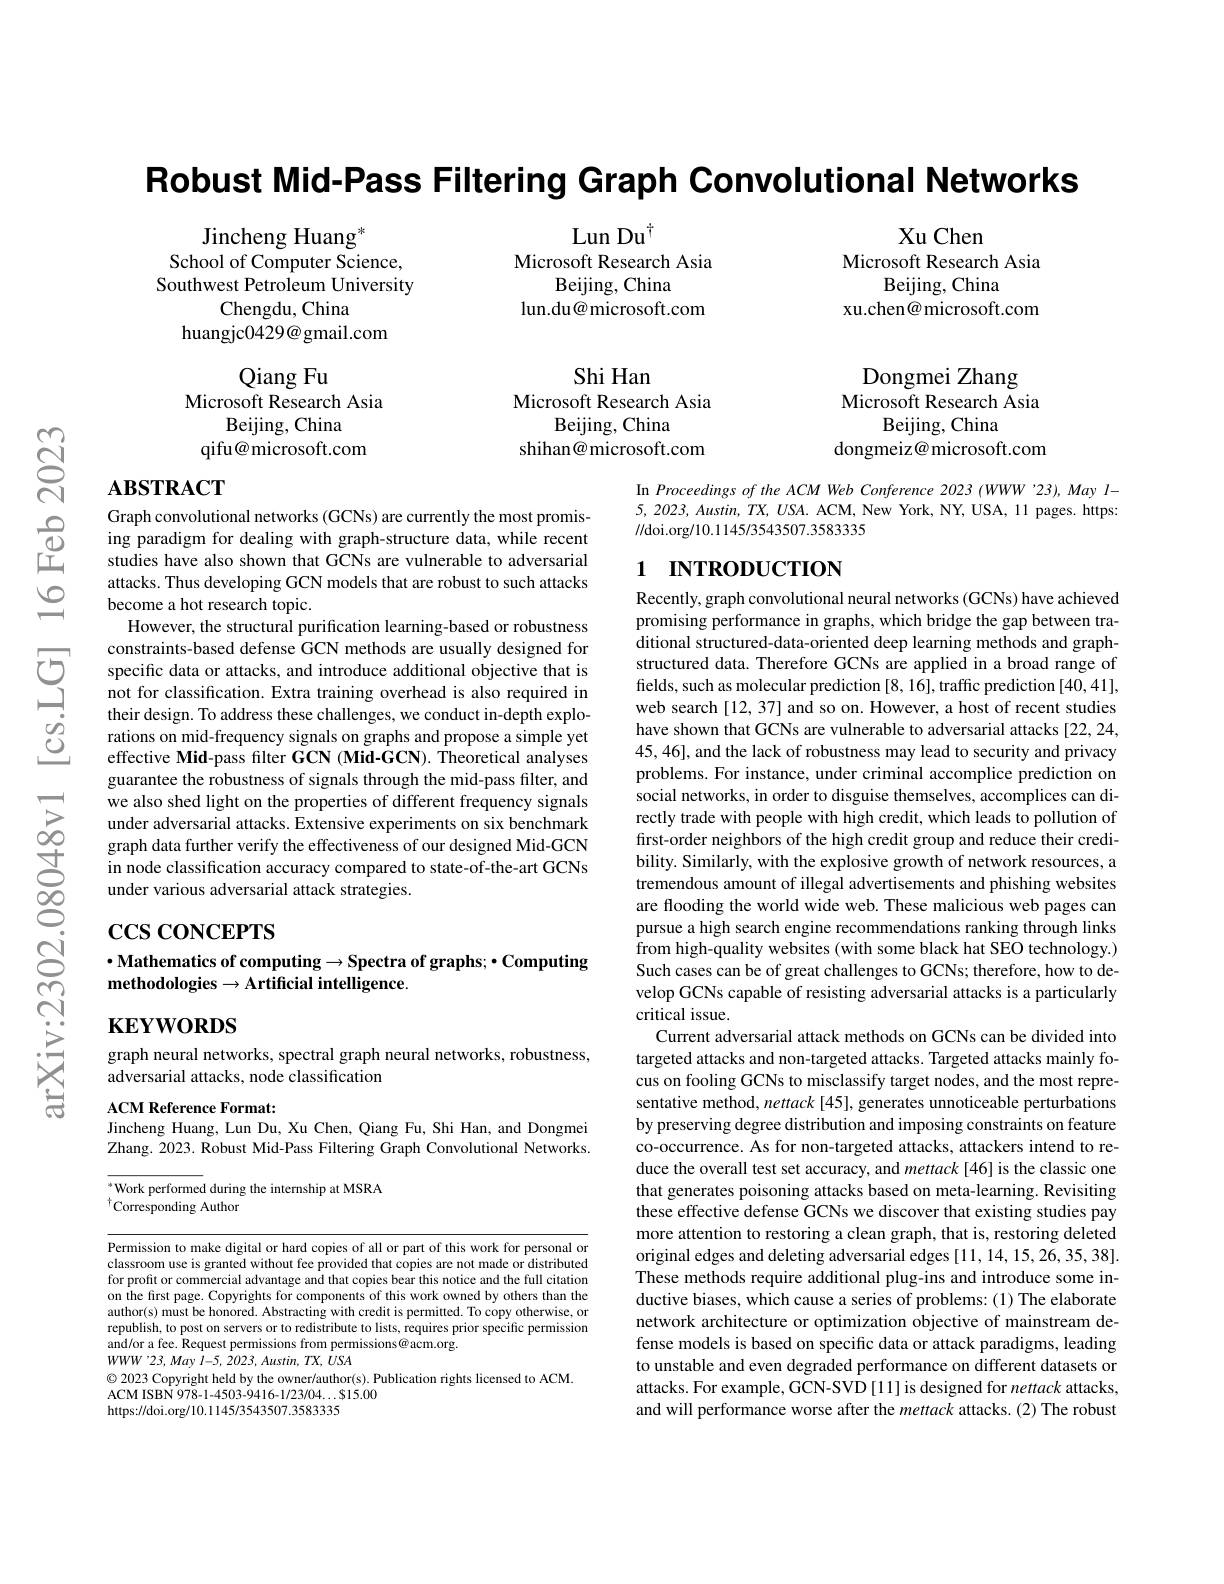
Robust Mid-Pass Filtering Graph Convolutional Networks

Lun Dut
Microsoft Research Asia
Beijing, China
lun.du@ microsoft.com

Xu Chen
Microsoft Research Asia
Beijing, China
xu.chen@ microsoft.com

Jincheng Huang$^*$
School of Computer Science, Southwest Petroleum University
Chengdu, China
huangjc0429@gmail.com

Qiang Fu
Microsoft Research Asia
Beijing, China
qifu@ microsoft.com

Dongmei Zhang
Microsoft Research Asia
Beijing, China
dongmeiz@ microsoft.com

Shi Han
Microsoft Research Asia
Beijing, China
shihan@ microsoft.com

# $\mathbf{ABSTRACT}$

In Proceedings of the ACM Web Conference 2023 (WWW '23), May l- $5,2023,Austin,TX,USA.ACM,NewYork,NY,USA,11$ pages. https: //doi.org/10.1145/3543507.3583335

## 1 INTRODUCTION

Graph convolutional networks (GCNs) are currently the most promising paradigm for dealing with graph-structure data, while recent studies have also shown that GCNs are vulnerable to adversarial attacks. Thus developing GCN models that are robust to such attacks become a hot research topic.
However, the structural purification learning-based or robustness constraints-based defense GCN methods are usually designed for
constrants- based detense GCN methods are usually desı gned for Specific data or attacks, and introduce additional objective that is not for classification. Extra training overhead is also required in
their design. To address these challenges, we conduct in-depth explorations on mid-frequency signals on graphs and propose a simple yet effective Mid-pass filter GCN (Mid-GCN). Theoretical analyses guarantee the robustness of signals through the mid-pass filter, and we also shed light on the properties of different frequency signals under adversarial attacks. Extensive experiments on six benchmark graph data further verify the effectiveness of our designed Mid-GCN in node classification accuracy compared to state-of-the-art GCNs under various adversarial attack strategies.

$\operatorname{ccs}$coNCEPTS

# $\bullet$Mathematics of computing$\to$Spectra of graphs;$\bullet$Computing ${\mathrm{methodologies}}\to{\mathbf{Artificial}}$ intelligence.

Recently, graph convolutional neural networks (GCNs) have achieved promising performance in graphs, which bridge the gap between traditional structured-data-oriented deep learning methods and graphstructured data. Therefore GCNs are applied in a broad range of fields, such as molecular prediction [8, 16], traffic prediction [40,41], web search [12, 37] and so on. However, a host of recent studies have shown that GCNs are vulnerable to adversarial attacks [22,24, 45,46],and the lack of robustness may lead to security and privacy problems. For instance, under criminal accomplice prediction on social networks, in order to disguise themselves, accomplices can directly trade with people with high credit, which leads to pollution of first-order neighbors of the high credit group and reduce their credibility. Similarly, with the explosive growth of network resources, a tremendous amount of illegal advertisements and phishing websites are flooding the world wide web. These malicious web pages can pursue a high search engine recommendations ranking through links from high-quality websites (with some black hat SEO technology.) Such cases can be of great challenges to GCNs; therefore, how to develop GCNs capable of resisting adversarial attacks is a particularly critical issue.
Current adversarial attack methods on GCNs can be divided into targeted attacks and non-targeted attacks. Targeted attacks mainly focus on fooling GCNs to misclassify target nodes, and the most representative method, nettack [45], generates unnoticeable perturbations by preserving degree distribution and imposing constraints on feature co-occurrence. As for non-targeted attacks, attackers intend to reduce the overall test set accuracy, and mettack [46] is the classic one that generates poisoning attacks based on meta-learning. Revisiting these effective defense GCNs we discover that existing studies pay more attention to restoring a clean graph, that is, restoring deleted original edges and deleting adversarial edges [11, 14, 15, 26, 35, 38]. These methods require additional plug-ins and introduce some inductive biases, which cause a series of problems: (1) The elaborate network architecture or optimization objective of mainstream defense models is based on specific data or attack paradigms, leading to unstable and even degraded performance on different datasets or attacks. For example, GCN-SVD [11] is designed for nettack attacks, and will performance worse after the mettack attacks. (2) The robust

$\mathbf{KEYWORDS}$

graph neural networks, spectral graph neural networks, robustness,
adversarial attacks, node classification

ACM Reference Format:
Jincheng Huang, Lun Du, Xu Chen, Qiang Fu, Shi Han, and Dongmei Zhang. 2023. Robust Mid-Pass Filtering Graph Convolutional Networks.

Work performed during the internship at MSRA
$^{\dagger}\dot{\text{Corresponding Author}}$

Permission to make digital or hard copies of all or part of this work for personal or classroom use is granted without fee provided that copies are not made or distributed for profit or commercial advantage and that copies bear this notice and the full citation on the first page. Copyrights for components of this work owned by others than the author(s) must be honored. Abstracting with credit is permitted. To copy otherwise, or republish, to post on servers or to redistribute to lists, requires prior specific permission and/or a fee. Request permissions from permissions@acm.org.
$WWW$ '23, May $i-5,2023,Austin,TX,USA$
$\textcircled{\circ}$ 2023 Copyright held by the owner/author(s). Publication rights licensed to ACM.
ACM ISBN 978-1-4503-9416-1/23/04...815.00
https://doi.org/10.1145/3543507.3583335